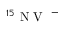
^ { 1 5 } \mathrm { ~ N ~ V ~ } ^ { \mathrm { ~ - ~ } }